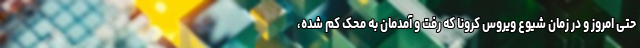
حتی امروز و در زمان شیوع ویروس کرونا که رفت و آمدمان به محک کم شده،